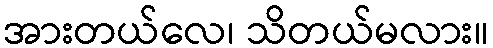
အားတယ်လေ၊ သိတယ်မလား။